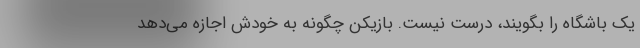
یک باشگاه را بگویند، درست نیست. بازیکن چگونه به خودش اجازه می‌دهد